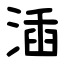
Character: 㴙